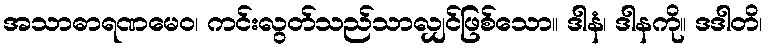
အသာဓာရဏမေဝ၊ ကင်းလွတ်သည်သာလျှင်ဖြစ်သော။ ဒါနံ၊ ဒါနကို။ ဒဒါတိ၊